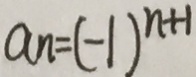
a _ { n } = ( - 1 ) ^ { n + 1 }